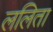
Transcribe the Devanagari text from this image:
ललिता